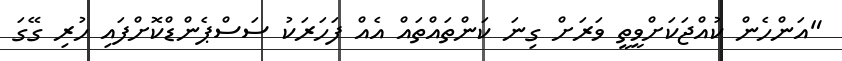
"އަންހެން ކުއްޖަކަށްވީތީ ވަރަށް ގިނަ ކަންތައްތައް އެއް ފަހަރަކު ސަސްޕެންޑްކޮށްފައި ހުރި ގޭގަ